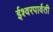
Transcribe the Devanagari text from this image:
ईश्वरपार्वती